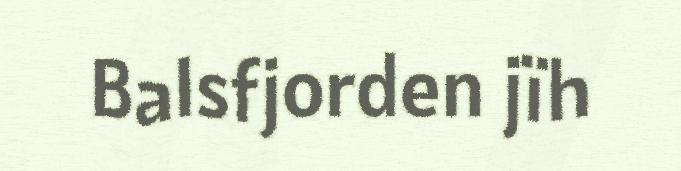
Balsfjorden jïh